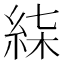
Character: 𥿴